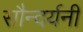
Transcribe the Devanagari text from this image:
सौन्दर्यनी